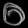
Digit: ၀